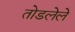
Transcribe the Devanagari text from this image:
तोडलेले